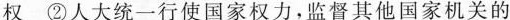
权②人大统一行使国家权力，监督其他国家机关的